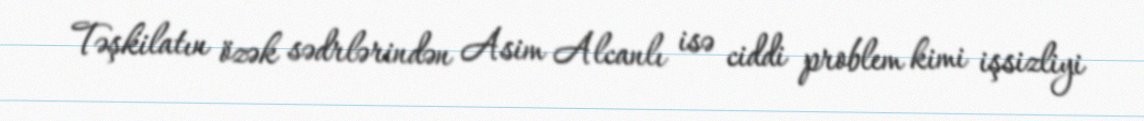
Təşkilatın özək sədrlərindən Asim Alcanlı isə ciddi problem kimi işsizliyi